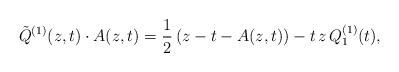
LaTeX: \begin{align*}\tilde{Q}^{(1)}(z,t)\cdot A(z,t)=\dfrac{1}{2}\left(z-t-A(z,t)\right)-t\,z\,Q^{(1)}_1(t),\end{align*}